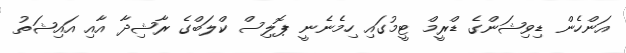
އަންހެން ޑިވިޝަންގެ ޑްރީމް ޓީމުގައި ހިމެނެނީ ޕޮލިސް ކްލަބްގެ ރާޝިދާ އާއި އައިޝަތު